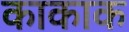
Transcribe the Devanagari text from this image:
काकाक